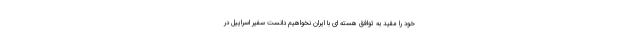
خود را مقید به توافق هسته ای با ایران نخواهیم دانست سفیر اسراییل در